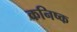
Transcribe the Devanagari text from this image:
कनिष्‍क